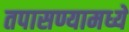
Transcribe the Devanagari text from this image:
तपासण्यामध्ये